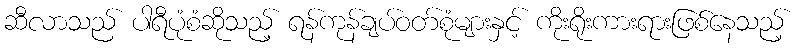
ဆီလာသည် ပါရီပုံစံဆိုသည့် ရန်ကုန်ချပ်ဝတ်စုံများနှင့် ကိုးရိုးကားရားဖြစ်နေသည့်